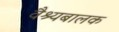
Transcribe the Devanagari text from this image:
वैश्यबालक